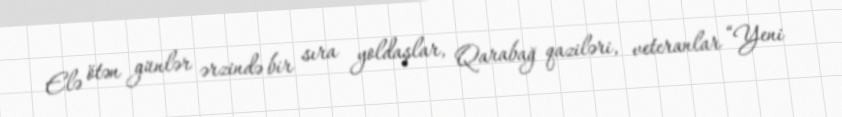
Elə ötən günlər ərzində bir sıra yoldaşlar, Qarabağ qaziləri, veteranlar “Yeni